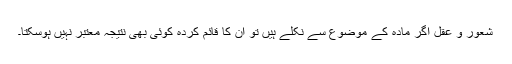
شعور و عقل اگر مادہ کے موضوع سے نکلے ہیں تو ان کا قائم کردہ کوئی بھی نتیجہ معتبر نہیں ہوسکتا۔